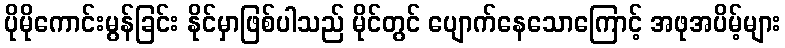
ပိုမိုကောင်းမွန်ခြင်း နိုင်မှာဖြစ်ပါသည် မိုင်တွင် ပျောက်နေသောကြောင့် အဖုအပိမ့်များ